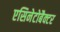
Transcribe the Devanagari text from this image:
एसिनेटोबैक्टर